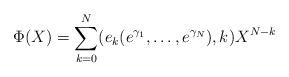
LaTeX: \begin{align*}\Phi(X)=\sum_{k=0}^{N}(e_{k}(e^{\gamma_{1}},\ldots,e^{\gamma_{N}}),k)X^{N-k}\end{align*}